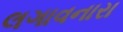
લગાવનારા